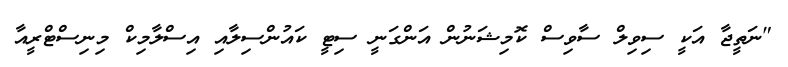
"ނަތީޖާ އަކީ ސިވިލް ސާވިސް ކޮމިޝަނުން އަންގަނީ ސިޓީ ކައުންސިލާއި އިސްލާމިކް މިނިސްޓްރީއާ